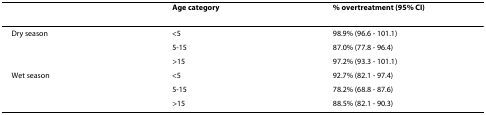
|  | Age category | % overtreatment (95% CI) |
 | --- | --- | --- |
 | Dry season | <5 | 98.9% (96.6 - 101.1) |
 |  | 5-15 | 87.0% (77.8 - 96.4) |
 |  | >15 | 97.2% (93.3 - 101.1) |
 | Wet season | <5 | 92.7% (82.1 - 97.4) |
 |  | 5-15 | 78.2% (68.8 - 87.6) |
 |  | >15 | 88.5% (82.1 - 90.3) |